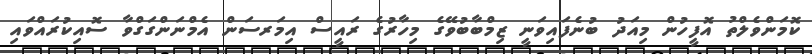
ކޮމަންވެލްތު އޮފީހުން މިއަދު ބުނެފައިވަނީ ޒިމްބާބުވޭގެ މިހާރުގެ ރައީސް އިމަރސަން އެމްނަންގަގްވާ ސޮއިކުރައްވައި